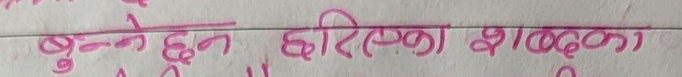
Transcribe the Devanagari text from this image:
बुन्ने छन् दिएका शब्दका